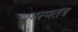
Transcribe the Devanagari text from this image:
संभरणतंत्र